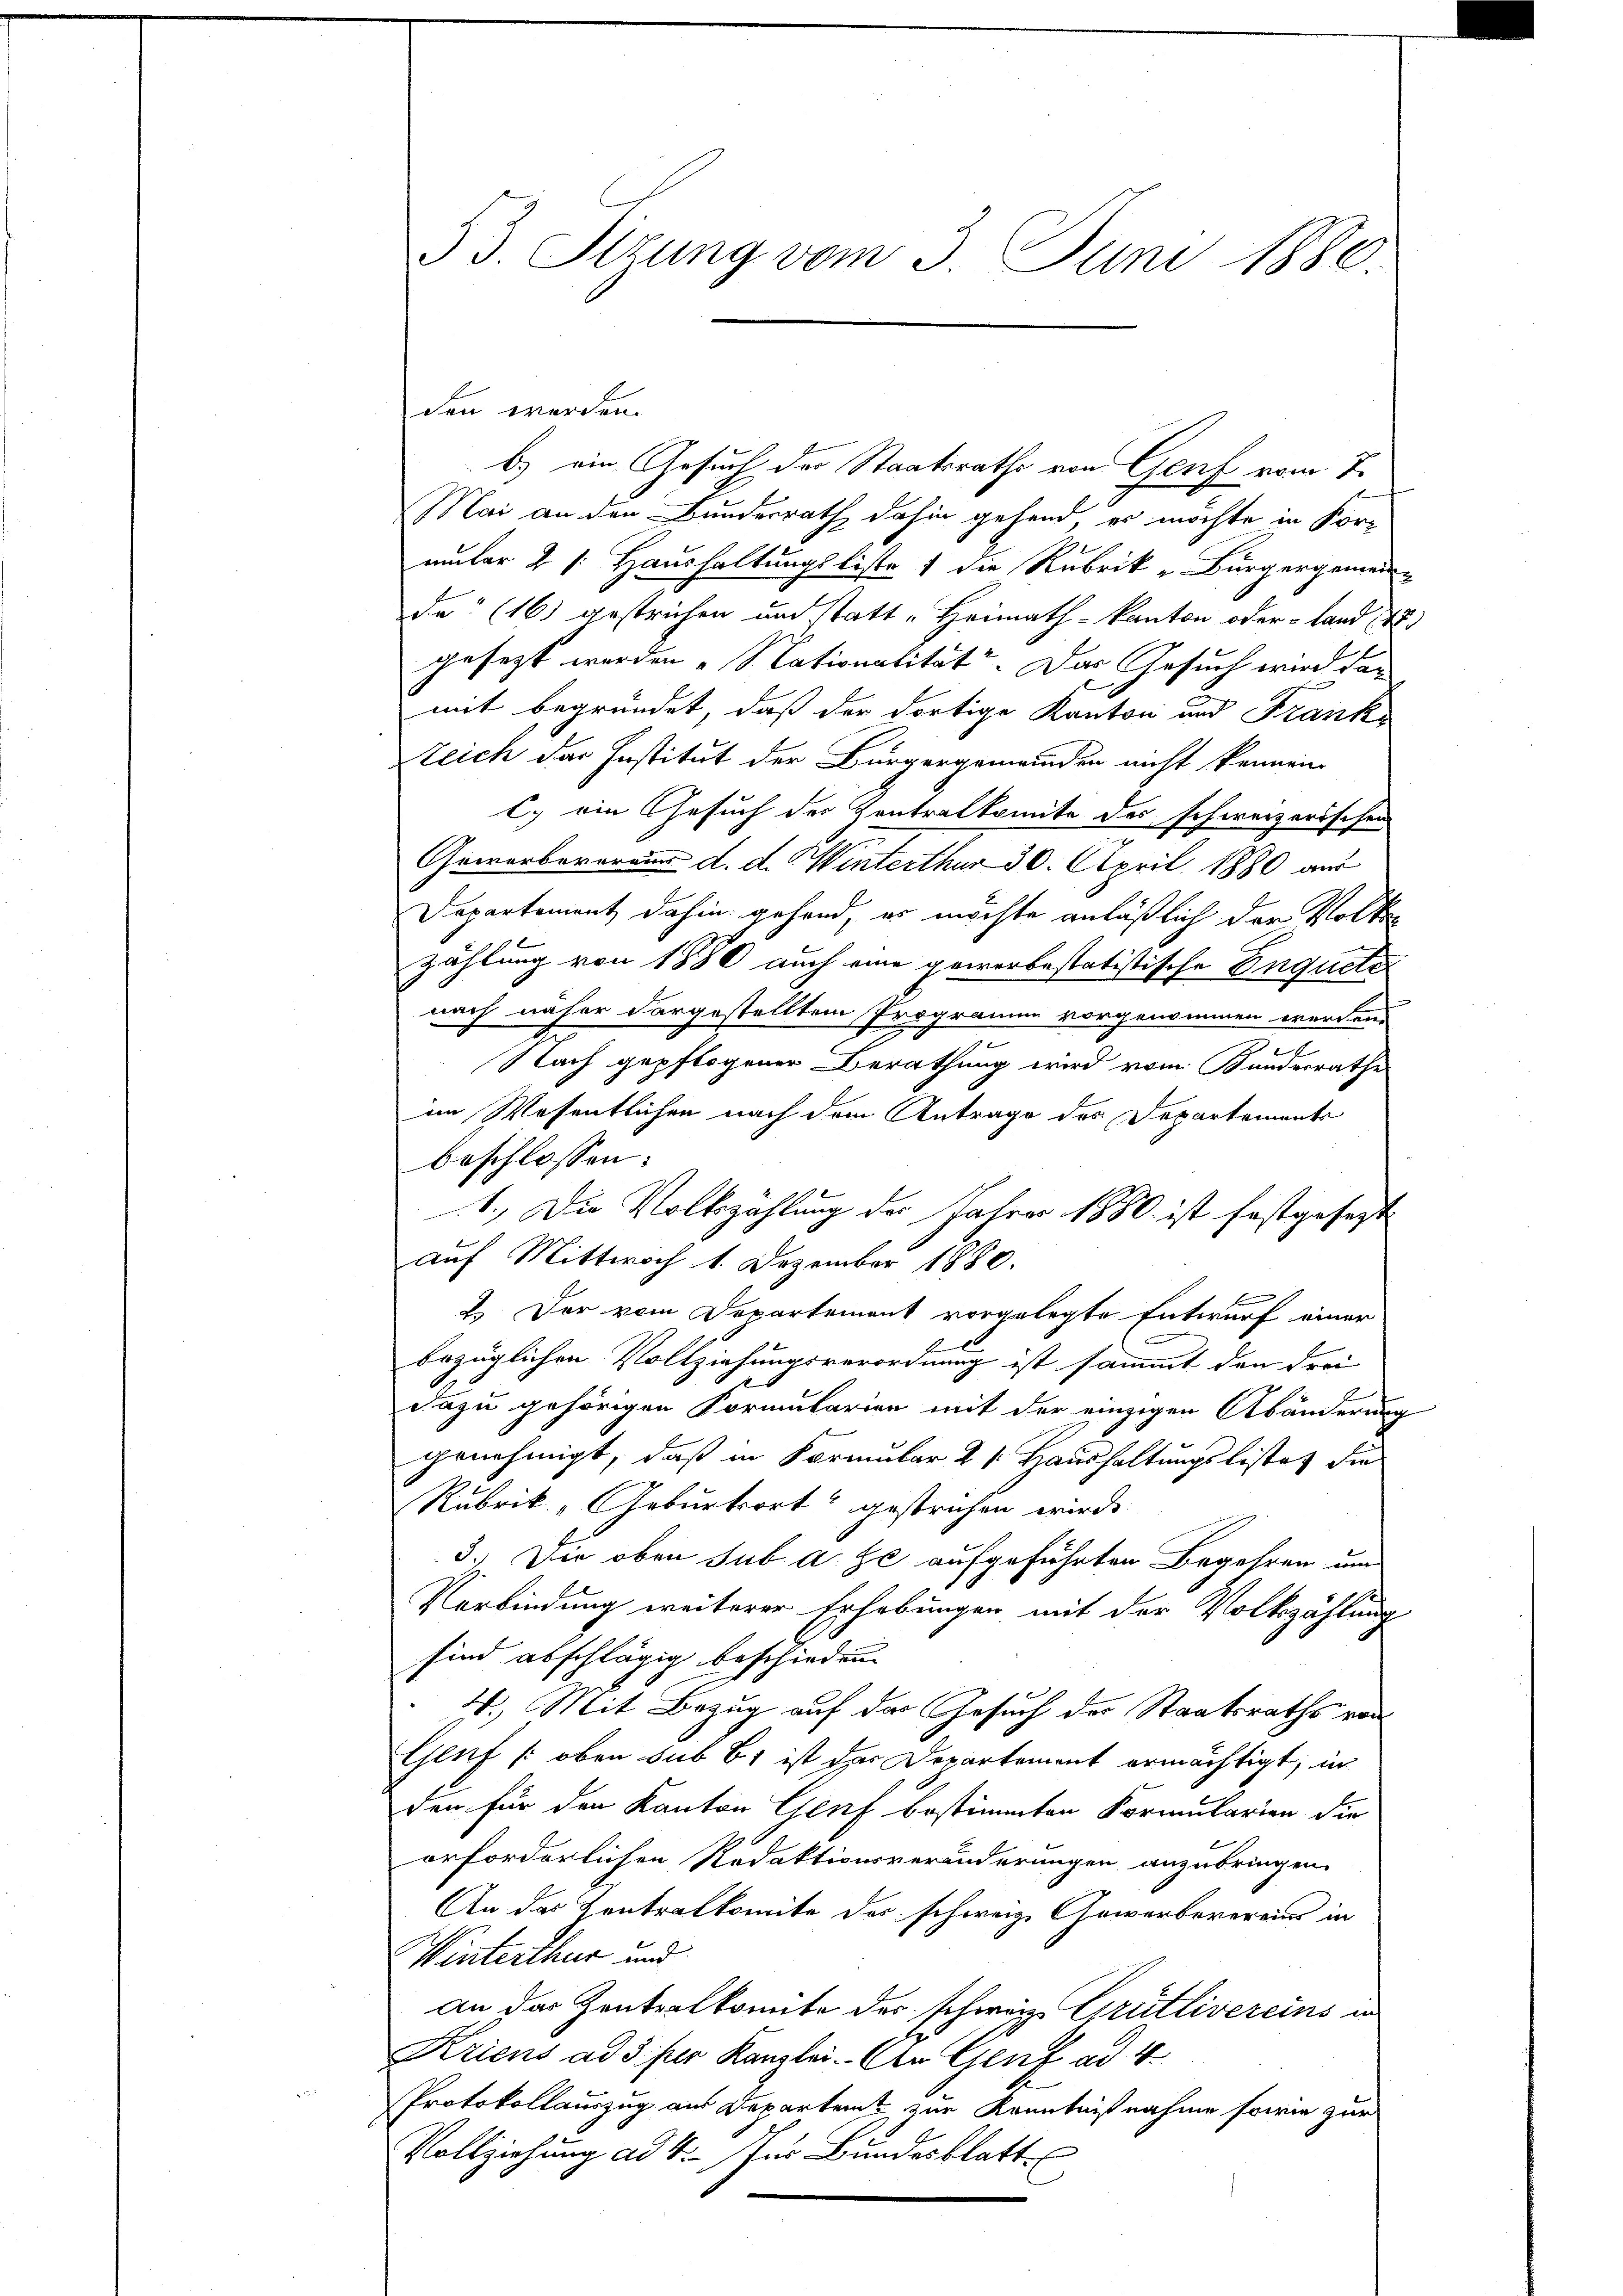
53. Sizung vom 3. Juni 1880

den werden.
b.) ein Gesuch der Staatsrathe von Genf vom 7.
Mai an den Bundesrath dahin gehend, er möchte in Kor-
amber 2 f: Haushaltungsliste 1 die Rubrik „Bürgergemein-
de“ (16) gestrichen und statt „Heimath-Kanton oder Land St.
gesezt werden Nationalität. Das Gesuch wird das
mit begründet, daß der dortige Kanton und Frank
Zeich das Institut der Bürgergemeinden nicht kennen
C. ein Gesuch des Zentralkomite des schweizerischen
Gewerberarium d. d. Winterthur 30. April 1880 aus
Departement dahin gehend, es möchte anläßlich der Volken
zählung von 1880 auch eine gewerbestatistische Inquete
nach näher dargestelltem Programm vorgenommen werden.
x
Nach gepflogener Berathung wird vom Kundesrathe
im Wesentlichen nach dem Antrage des Departements
beschlossen:
1.) Die Volkszahlung der Jahres 1880 ist festgesezt
auf Mittwoch 1. Dezember 1880.
2. Der vom Departement vorgelegte Entwurf einer
bezüglichen Vollziehungsverordnung ist sammt den drei
dazu gehörigen Formularien mit der einzigen Abänderung
genehmigt, daß in Formular 21 Haushaltungslistet die
Rubrik „Geburtsort“ gestrechen wird.
3.) Die oben sub a. ze aufgeführten Begehren um
Verbindung weiterer Erhebungen mit der Volkszählung
sind abschlägig beschieden.
4.) Mit Bezug auf der Gesuch der Staatsraths von
Genf (oben sub 61 ist der Departement ermächtigt; in
den für den Kanton Genf bestimmten Formularien die
orforderlichen Redaktionsveränderungen anzubringen.
An das Zentralkomite des schweiz. Gewerbevereins in
Winterthur und
an das Zentralkomite des schweiz. Grütlivereins in
Kriens ad 3 für Kanzlei. An Genf ad 4
Protokollauszug aus Departent zur Kenntnißnahme sowie zur
Vollziehung ad 4. Jus Bundesblatt